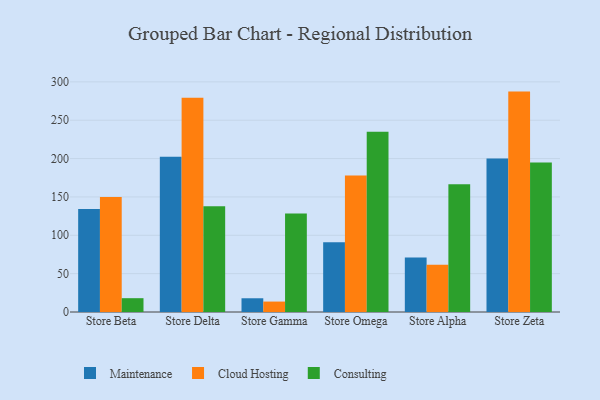
{"axis": {"x": "Store", "y": "Conversion Rate (%)"}, "legend": ["Cloud Hosting", "Consulting", "Maintenance"], "data": [{"x": "Store Beta", "y": 134.2, "type": "Maintenance"}, {"x": "Store Beta", "y": 149.8, "type": "Cloud Hosting"}, {"x": "Store Beta", "y": 18.0, "type": "Consulting"}, {"x": "Store Delta", "y": 202.4, "type": "Maintenance"}, {"x": "Store Delta", "y": 279.2, "type": "Cloud Hosting"}, {"x": "Store Delta", "y": 137.7, "type": "Consulting"}, {"x": "Store Gamma", "y": 17.9, "type": "Maintenance"}, {"x": "Store Gamma", "y": 13.6, "type": "Cloud Hosting"}, {"x": "Store Gamma", "y": 128.5, "type": "Consulting"}, {"x": "Store Omega", "y": 90.8, "type": "Maintenance"}, {"x": "Store Omega", "y": 177.8, "type": "Cloud Hosting"}, {"x": "Store Omega", "y": 234.8, "type": "Consulting"}, {"x": "Store Alpha", "y": 71.0, "type": "Maintenance"}, {"x": "Store Alpha", "y": 61.5, "type": "Cloud Hosting"}, {"x": "Store Alpha", "y": 166.5, "type": "Consulting"}, {"x": "Store Zeta", "y": 200.1, "type": "Maintenance"}, {"x": "Store Zeta", "y": 287.3, "type": "Cloud Hosting"}, {"x": "Store Zeta", "y": 194.9, "type": "Consulting"}]}